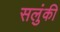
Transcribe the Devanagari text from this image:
सलुंकी